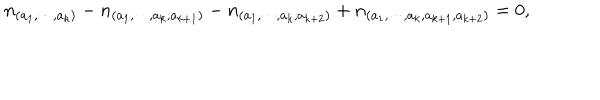
n _ { ( a _ { 1 } , \cdots , a _ { k } ) } - n _ { ( a _ { 1 } , \cdots , a _ { k } , a _ { k + 1 } ) } - n _ { ( a _ { 1 } , \cdots , a _ { k } , a _ { k + 2 } ) } + n _ { ( a _ { 1 } , \cdots , a _ { k } , a _ { k + 1 } , a _ { k + 2 } ) } = 0 ,